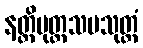
နတ္ထိပုတ္တသမသုတ္တံ